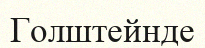
Голштейнде